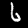
Digit: 6